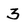
Character: 3